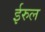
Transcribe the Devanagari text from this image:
ईरुल